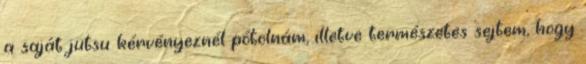
a saját jutsu kérvényeznél pótolnám, illetve természetes sejtem, hogy